Indian journal of veterinary science and animal husbandry - Volumes 15-17, 1948-1951
Year: 1948
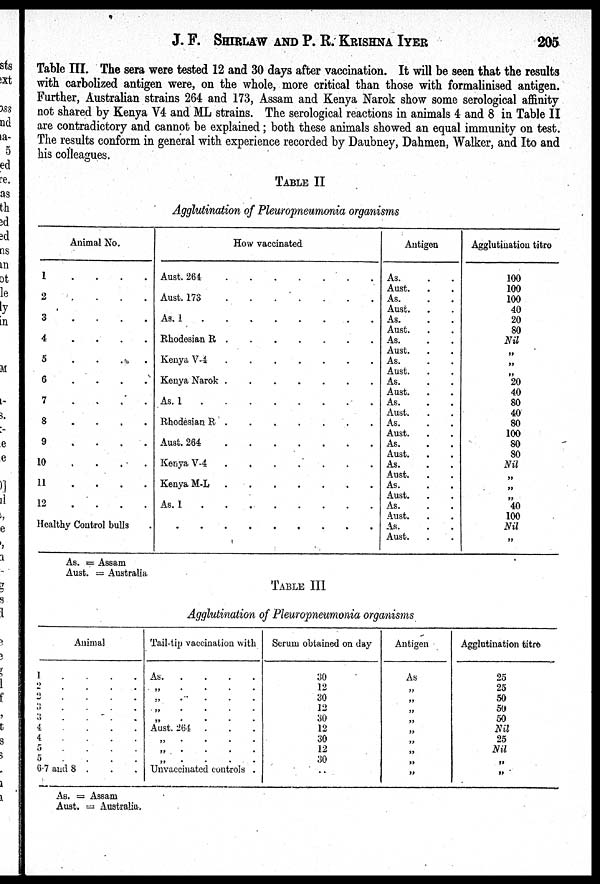
J. F. SHIRLAW AND P. R. KRISHNA IYER 205
Table III. The sera were tested 12 and 30 days after vaccination. It will be seen that the results
with carbolized antigen were, on the whole, more critical than those with formalinised antigen.
Further, Australian strains 264 and 173, Assam and Kenya Narok show some serological affinity
not shared by Kenya V4 and ML strains. The serological reactions in animals 4 and 8 in Table II
are contradictory and cannot be explained; both these animals showed an equal immunity on test.
The results conform in general with experience recorded by Daubney, Dahmen, Walker, and Ito and
his colleagues.
TABLE II
Agglutination of Pleuropneumonia organisms
Animal No.
1 . . . . .
2 . . . . .
3 . . . . .
4 . . . . .
5 . . . . .
6 . . . . .
7 . . . . .
8 . . . . .
9 . . . .
10
.
.
.
.
11
.
.
.
.
.
12
.
.
.
.
Healthy Control bulls
How vaccinated
Aust. 264 . . . . . . .
Aust. 173 . . . . . . .
As. 1 . . . . . . .
Rhodesian R . . . . . . .
Kenya V-4 . . . . . . .
Kenya Narok . . . . . . .
As. 1 . . . . . . .
Rhodesian R . . . . . . .
Aust. 264 . . . . . . .
Kenya V-4 . . . . . . .
Kenya M-L . . . . . . .
As. 1 . . . . . . .
. . . . . . .
Antigen
As. . .
Aust. . .
As. . .
Aust. . .
As. . .
Aust. . .
As. . .
Aust. . . .
As. . .
Aust. . .
As. . .
Aust. . .
As. . .
Aust. . .
As. . .
Aust. . .
As. . .
Aust. . .
As. . .
Aust. . .
As. . .
Aust. . .
As. . .
Aust. . .
As. . .
Aust. . .
Agglutination titro
100
100
100
40
20
80
Nil
„
„
„
20
40
80
40
80
100
80
80
Nil
„
„
„
40
100
Nil
„
As. = Assam
Aust. = Australia
TABLE III
Agglutination of Pleuropneumonia organisms
Animal
1 . . . .
2 . . . .
2 . . . .
3 . . . .
3 . . . .
4
.
.
.
.
4 . . . .
5 . . . .
5 . . . .
6.7 and 8 . . .
Tail-tip vaccination with
As.
.
.
.
.
„ . . . .
„ . . . .
„ . . . .
„ . . . .
Aust. 264
„ . . . .
„ . . . .
„ . . . .
Uuvaccinated controls .
Serum obtained on day
30
12
30
12
30
12
30
12
30
„
Antigen
As
„
„
„
„
„
„
„
„
„
Agglutination titre
25
25
50
50
50
Nil
25
Nil
„
„
As. = Assam
Aust. = Australia.